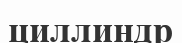
циллиндр